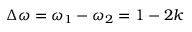
\Delta \omega = \omega _ { 1 } - \omega _ { 2 } = 1 - 2 k